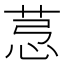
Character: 𦯡